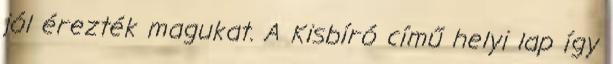
jól érezték magukat. A Kisbíró című helyi lap így